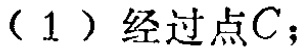
（1）经过点\(C\)；